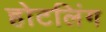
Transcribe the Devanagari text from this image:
होटलिंग